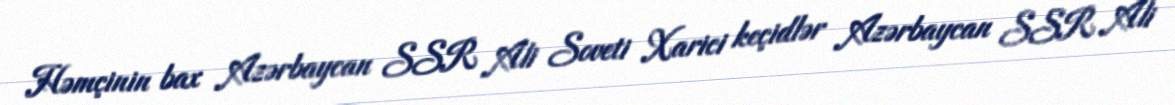
Həmçinin bax Azərbaycan SSR Ali Soveti Xarici keçidlər Azərbaycan SSR Ali